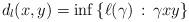
LaTeX: \begin{align*} d_l(x,y) = \inf\left\{\ell(\gamma)\,:\, \gamma x y\right\} \end{align*}